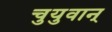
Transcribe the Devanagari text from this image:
चुयुवान्